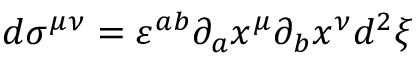
d \sigma ^ { \mu \nu } = \varepsilon ^ { a b } \partial _ { a } x ^ { \mu } \partial _ { b } x ^ { \nu } d ^ { 2 } \xi